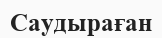
Саудыраған